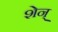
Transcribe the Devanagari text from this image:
शेन्